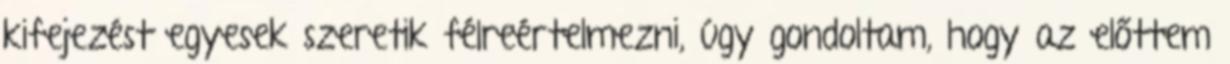
kifejezést egyesek szeretik félreértelmezni, úgy gondoltam, hogy az előttem